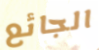
الجائع